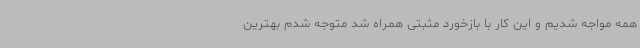
همه مواجه شدیم و این کار با بازخورد مثبتی همراه شد متوجه شدم بهترین